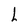
Character: h